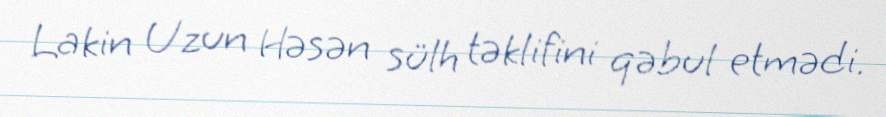
Lakin Uzun Həsən sülh təklifini qəbul etmədi.